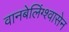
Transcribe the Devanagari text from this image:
वानबेलिंग्श्वासेन